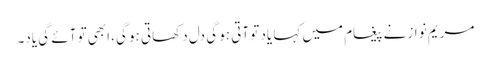
مریم نواز نے پیغام میں کہا یاد تو آتی ہو گی دل دکھاتی ہو گی، ابھی تو آئے گی یاد۔